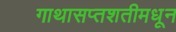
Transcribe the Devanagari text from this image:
गाथासप्तशतीमधून